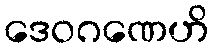
ဒေဝဂဏေဟိ